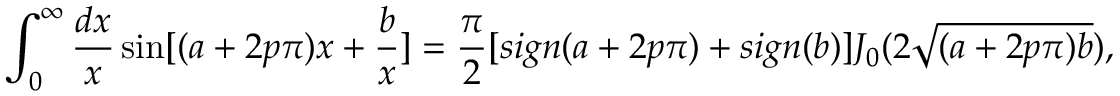
\int _ { 0 } ^ { \infty } { \frac { d x } { x } } \sin [ ( a + 2 p \pi ) x + { \frac { b } { x } } ] = { \frac { \pi } { 2 } } [ s i g n ( a + 2 p \pi ) + s i g n ( b ) ] J _ { 0 } ( 2 \sqrt { ( a + 2 p \pi ) b } ) ,